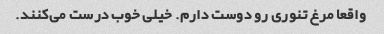
واقعا مرغ تنوری رو دوست دارم. خیلی خوب درست می‌کنند.